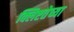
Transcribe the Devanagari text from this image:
क्लिष्टतेच्या